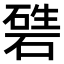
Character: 𥔴